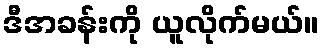
ဒီအခန်းကို ယူလိုက်မယ်။